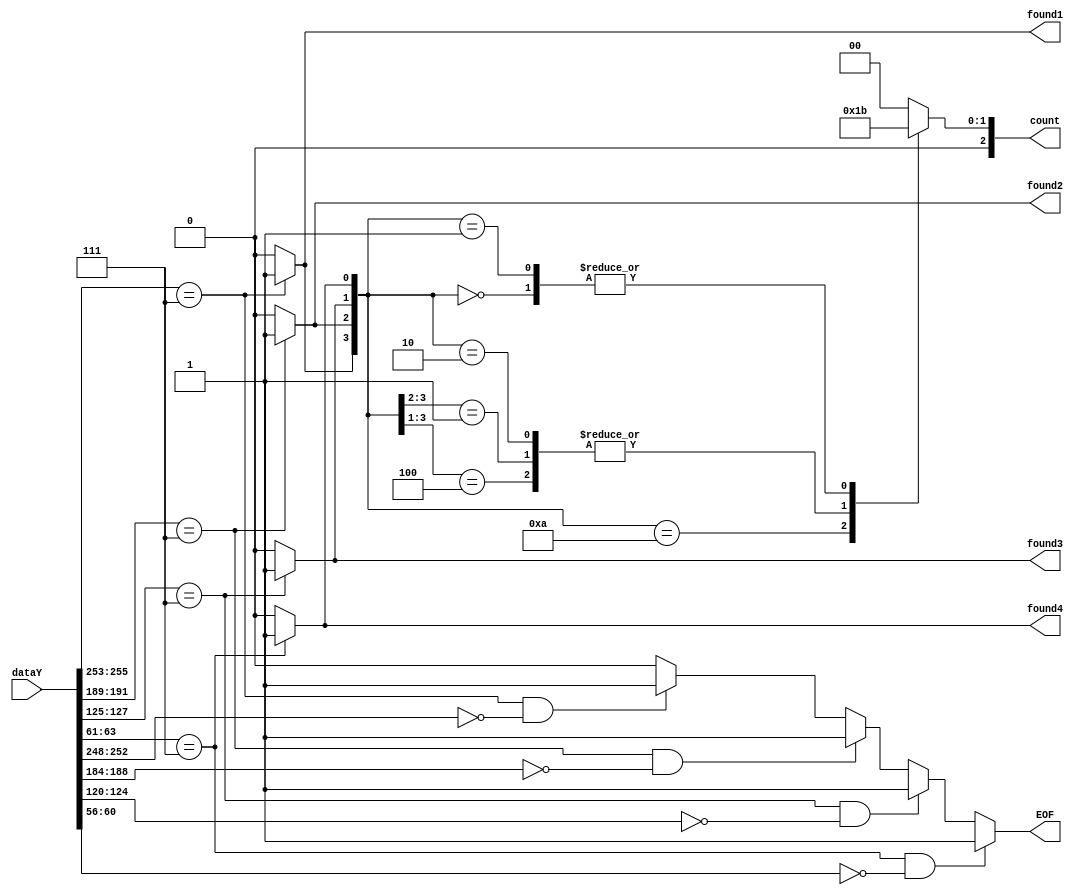
module selector(dataY,count,found1,found2,found3,found4,EOF);

output found1,found2,found3,found4;
input [255:0]dataY;

reg found1,found2,found3,found4;
output [2:0] count;
output EOF;

reg EOF;
reg [2:0] count;


always @(*)
begin
	found1 = 1'b0;
	found2 = 1'b0;
	found3 = 1'b0;
	found4 = 1'b0;
	if(dataY[255:253] == 3'b111)
		found1 = 1'b1;
	if(dataY[191:189] == 3'b111)
		found2 = 1'b1;
	if(dataY[127:125] == 3'b111)
		found3 = 1'b1;
	if(dataY[63:61] == 3'b111)
		found4 = 1'b1;
end

always@(*)
begin
	EOF = 1'b0;
	if (dataY[255:253] == 3'b111 && dataY[252:248] == 5'd0)
		EOF = 1'b1;
	if (dataY[191:189] == 3'b111 && dataY[188:184] == 5'd0)
		EOF = 1'b1;
	if (dataY[127:125] == 3'b111 && dataY[124:120] == 5'd0)
		EOF = 1'b1;
	if (dataY[63:61] == 3'b111 && dataY[60:56] == 5'd0)
		EOF = 1'b1;
end

always @(*)
begin
	casex({found1,found2,found3,found4})
	4'b1010: begin
			count = 3'd1;
		end
	4'b100x: begin
			count = 3'd2;
		end
	4'b01xx:
		begin
			count = 3'd2;
		end
	4'b0000:
		begin
			count = 3'd3;
		end
	4'b0010:
		begin
			count = 3'd2;
		end
	4'b0001:
		begin
			count = 3'd3;
		end
	default:
		begin
			count = 3'd0;
		end
	endcase
end
endmodule